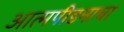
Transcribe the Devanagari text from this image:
आत्मपीडनाचा